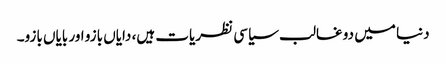
دنیا میں دو غالب سیاسی نظریات ہیں، دایاں بازو اور بایاں بازو۔